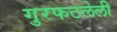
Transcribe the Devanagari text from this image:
गुरफटलेली